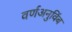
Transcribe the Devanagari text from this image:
वर्णअनुविंब